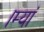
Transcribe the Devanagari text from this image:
।म्यां